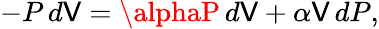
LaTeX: -P\, d\mathsf{V}=\alphaP\, d\mathsf{V}+\alpha\mathsf{V}\, dP,